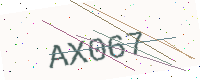
Text: AX067